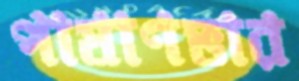
পাষাণভার